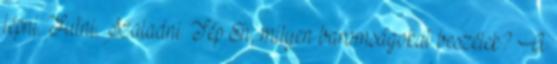
lépni. Futni. Szaladni. Tép Eh, milyen baromságokat beszélek? A